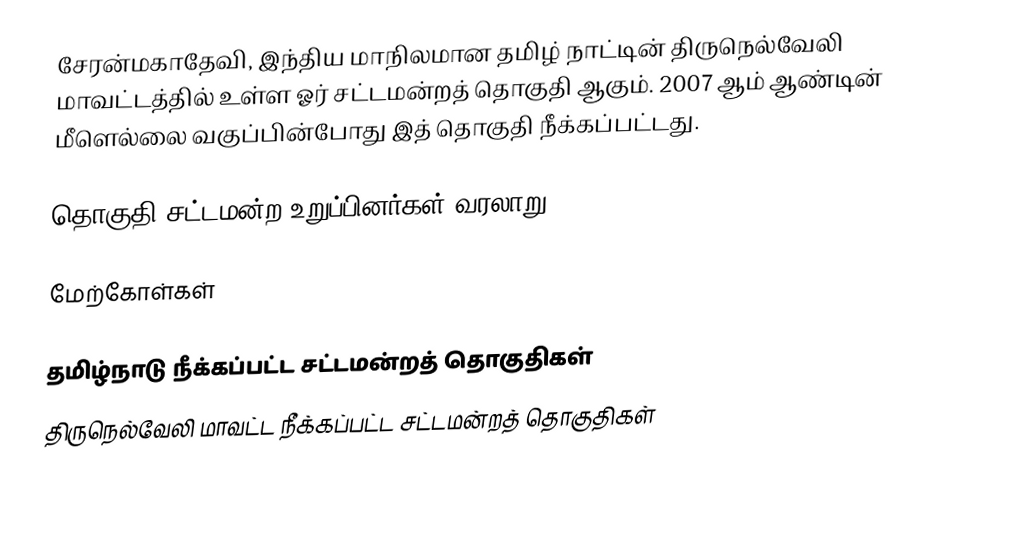
சேரன்மகாதேவி, இந்திய மாநிலமான தமிழ் நாட்டின் திருநெல்வேலி மாவட்டத்தில் உள்ள ஓர் சட்டமன்றத் தொகுதி ஆகும். 2007 ஆம் ஆண்டின் மீளெல்லை வகுப்பின்போது இத் தொகுதி நீக்கப்பட்டது.

தொகுதி சட்டமன்ற உறுப்பினர்கள் வரலாறு

மேற்கோள்கள்

தமிழ்நாடு நீக்கப்பட்ட சட்டமன்றத் தொகுதிகள்
திருநெல்வேலி மாவட்ட நீக்கப்பட்ட சட்டமன்றத் தொகுதிகள்